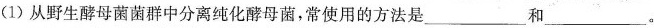
(1)从野生酵母菌菌群中分离纯化酵母菌，常使用的方法是___和___。